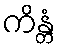
ကိန္တံ